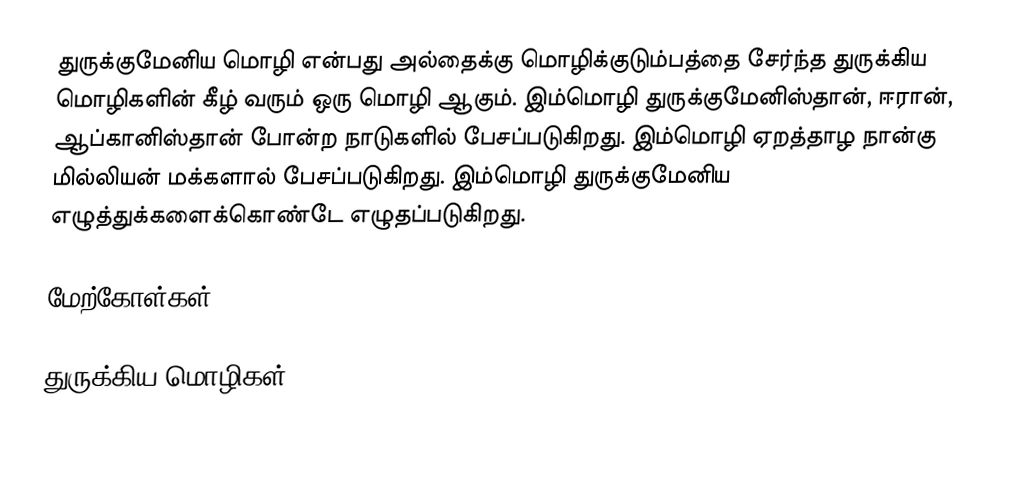
துருக்குமேனிய மொழி என்பது அல்தைக்கு மொழிக்குடும்பத்தை சேர்ந்த துருக்கிய மொழிகளின் கீழ் வரும் ஒரு மொழி ஆகும். இம்மொழி துருக்குமேனிஸ்தான், ஈரான், ஆப்கானிஸ்தான் போன்ற நாடுகளில் பேசப்படுகிறது. இம்மொழி ஏறத்தாழ நான்கு மில்லியன் மக்களால் பேசப்படுகிறது. இம்மொழி துருக்குமேனிய எழுத்துக்களைக்கொண்டே எழுதப்படுகிறது.

மேற்கோள்கள்

துருக்கிய மொழிகள்